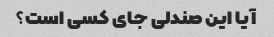
آیا این صندلی جای کسی است؟